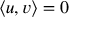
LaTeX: \langle u , v \rangle = 0